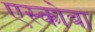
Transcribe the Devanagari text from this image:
एस्कोबा